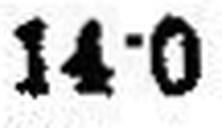
14·0